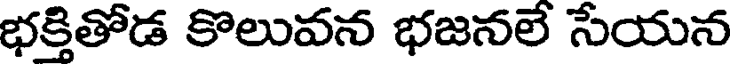
భక్తితోడ కొలువన భజనలే సేయన